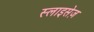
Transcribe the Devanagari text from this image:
स्लाइसेज़